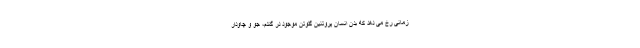
زمانی رخ می دهد که بدن انسان پروتئین گلوتن موجود در گندم، جو و چاودار